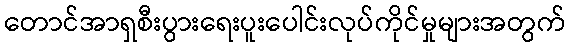
တောင်အာရှစီးပွားရေးပူးပေါင်းလုပ်ကိုင်မှုများအတွက်